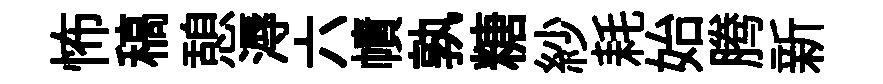
怖稿憩溽六幘孰糖紗耗始腾新